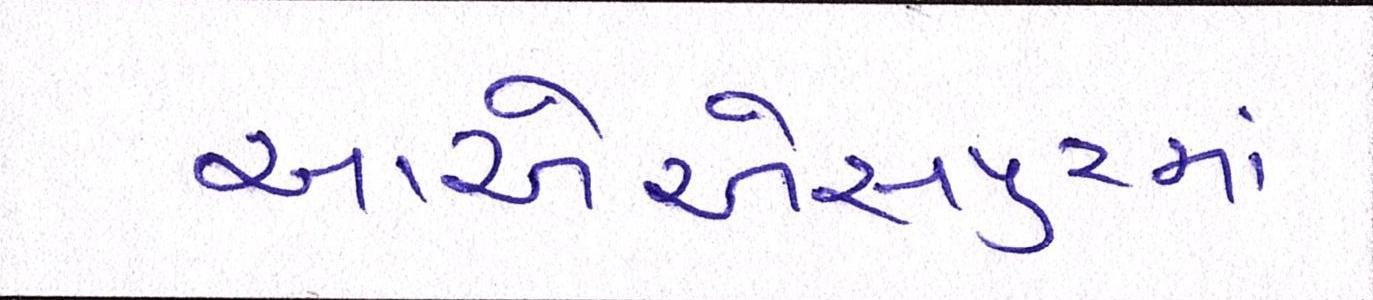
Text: આએએસપુરમાં